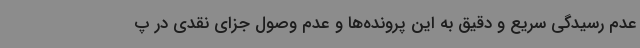
عدم رسیدگی سریع و دقیق به این پرونده‌ها و عدم وصول جزای نقدی در پ